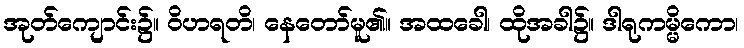
အုတ်ကျောင်း၌။ ဝိဟရတိ၊ နေတော်မူ၏။ အထခေါ၊ ထိုအခါ၌။ ဒါရုကမ္မိကော၊